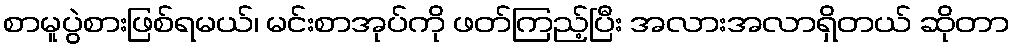
စာမူပွဲစားဖြစ်ရမယ်၊ မင်းစာအုပ်ကို ဖတ်ကြည့်ပြီး အလားအလာရှိတယ် ဆိုတာ